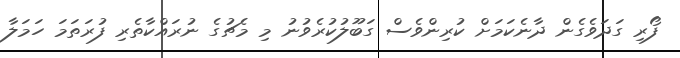
ފޯރި ގަދަވެގެން ދާނެކަމަށް ކުރިންވެސް ގަބޫލުކުރެވުނު މި މެޗުގެ ނުރައްކާތެރި ފުރަތަމަ ހަމަލާ